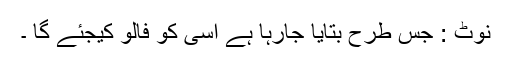
نوٹ : جس طرح بتایا جارہا ہے اسی کو فالو کیجئے گا ۔